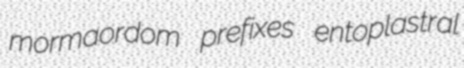
mormaordom prefixes entoplastral